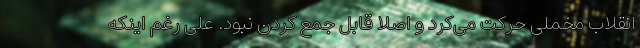
انقلاب مخملی حرکت می‌کرد و اصلاً قابل جمع کردن نبود. علی رغم اینکه